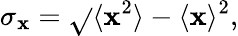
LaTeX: \sigma_{\mathbf{x}}={\sqrt{}{{\langle{\mathbf{x}}^{2}\rangle-\langle{\mathbf{x}}\rangle^{2}}}},